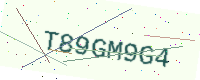
Text: T89GM9G4